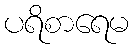
ပရိစာရေမ